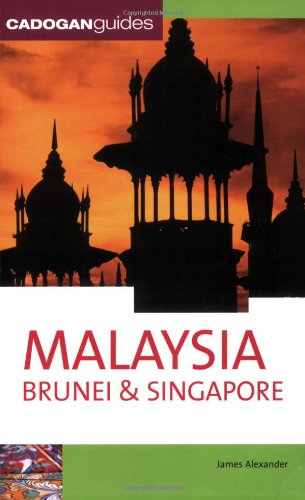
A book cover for Malaysia Brunei & Singapore (Country & Regional Guides - Cadogan); James Alexander; Travel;